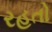
રહતો